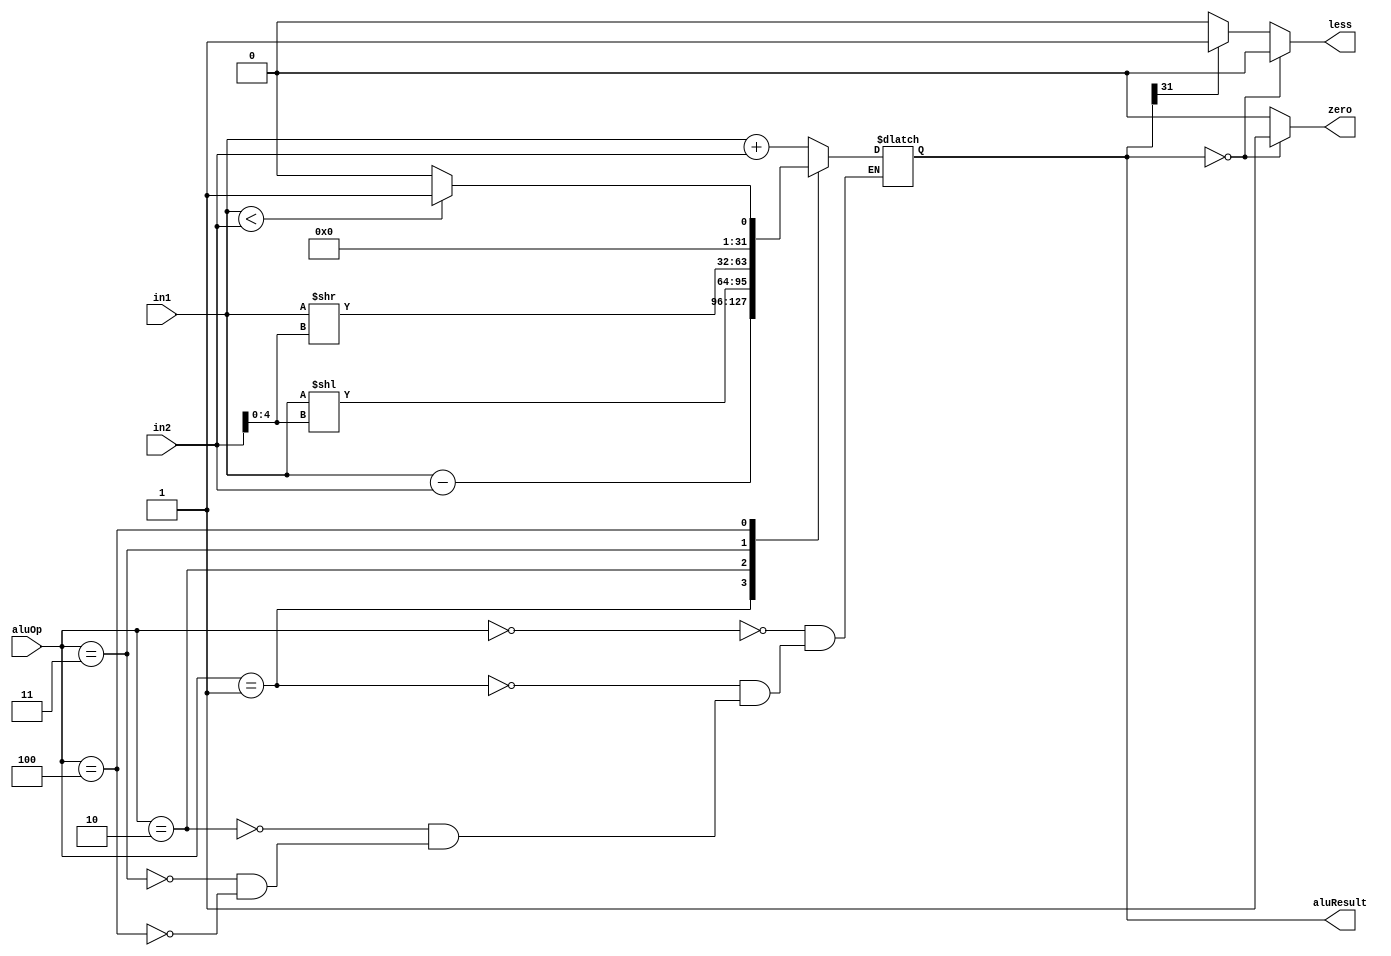
`timescale 1ns / 1ps
//////////////////////////////////////////////////////////////////////////////////
// Company: 
// Engineer: 
// 
// Design Name: 
// Module Name: ALU
// Project Name: 
// Target Devices: 
// Tool Versions: 
// Description: 
// 
// Dependencies: 
// 
// Revision:
// Revision 0.01 - File Created
// Additional Comments:
// 
//////////////////////////////////////////////////////////////////////////////////

module ALU(aluResult,zero,less,in1,in2,aluOp);
output reg [31:0] aluResult;
output reg zero,less;
input [31:0] in1,in2;
input [3:0] aluOp;

always@(*)
begin 
case(aluOp)
4'b0000: aluResult = in1 + in2;  
4'b0001: aluResult = in1 - in2;
4'b0010: aluResult = in1 << in2[4:0];
4'b0011: aluResult = in1 >> in2[4:0];
4'b0100: aluResult = (in1<in2) ? 1:0;
endcase
end

always@(aluResult)
begin
if(aluResult==0) 
    begin zero = 1; less = 0; end
else if (aluResult[31]==1) 
    begin zero = 0; less = 1; end
else
    begin zero = 0; less = 0; end
end

endmodule